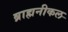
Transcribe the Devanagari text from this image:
ब्राह्मनीकल